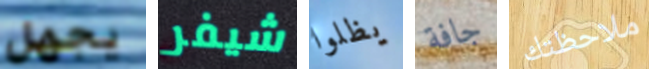
يجهل شيفر يظلوا جافة ملاحظتك